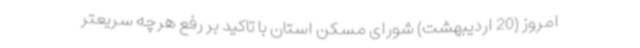
امروز (20 اردیبهشت) شورای مسکن استان با تاکید بر رفع هرچه سریعتر